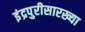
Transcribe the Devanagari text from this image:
इंद्रपुरीसारख्या